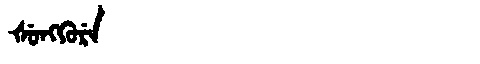
Manchu: ᡧᡠᠩᡴᡠᡵᡝ
Romanization: ŠUNGKURE